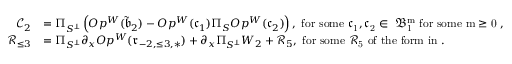
\begin{array} { r l } { \mathcal { C } _ { 2 } } & { = \Pi _ { S ^ { \perp } } \left( O p ^ { W } ( \tilde { \mathfrak { b } } _ { 2 } ) - O p ^ { W } ( \mathfrak { c } _ { 1 } ) \Pi _ { S } O p ^ { W } ( \mathfrak { c } _ { 2 } ) \right) , \mathrm { ~ f o r ~ s o m e ~ \mathfrak { c } _ 1 , \mathfrak { c } _ 2 \in ~ \mathfrak { B } ^ m _ 1 ~ f o r ~ s o m e ~ m \ge 0 ~ , } } \\ { \mathcal { R } _ { \le 3 } } & { = \Pi _ { S ^ { \perp } } \partial _ { x } O p ^ { W } ( \mathfrak { r } _ { - 2 , \le 3 , * } ) + \partial _ { x } \Pi _ { S ^ { \perp } } W _ { 2 } + \mathcal { R } _ { 5 } , \mathrm { ~ f o r ~ s o m e ~ \mathcal { R } _ 5 ~ o f ~ t h e ~ f o r m ~ i n ~ . } } \end{array}